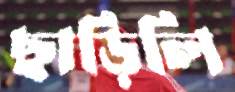
ছাড়িলি